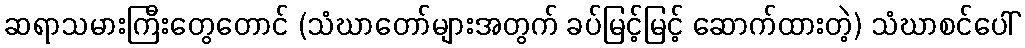
ဆရာသမားကြီးတွေတောင် (သံဃာတော်များအတွက် ခပ်မြင့်မြင့် ဆောက်ထားတဲ့) သံဃာစင်ပေါ်